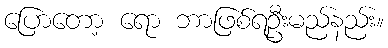
ပြောတော့ ရော ဘာဖြစ်ရဦးမည်နည်း။